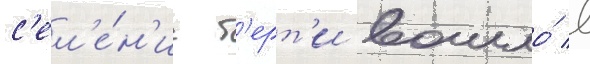
с'ел'е́н'ие т'ерт'и вошло́ в